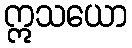
ဣသယော